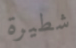
شطيرة